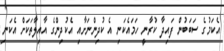
އެކަމުގެ ސަބަބުން ފައިދާ ކުރާނީ ހަމައެކަނި އެ ކުދިންނަށާއި އެކުދިންގެ އާއިލާތަކަށް އެކަނި